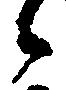
候